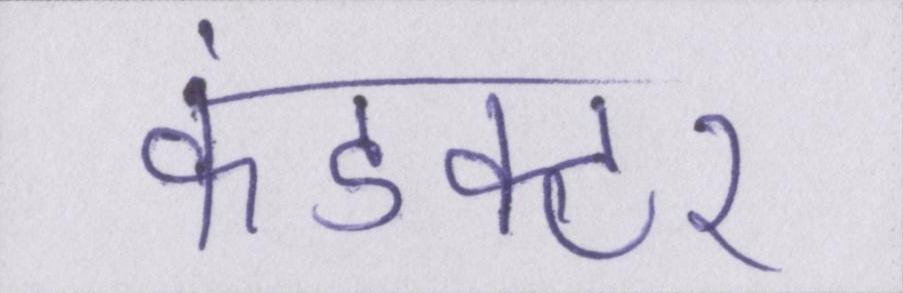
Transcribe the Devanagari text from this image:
कंडक्टर